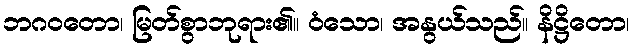
ဘဂဝတော၊ မြတ်စွာဘုရား၏။ ဝံသော၊ အနွယ်သည်။ နိဋ္ဌိတော၊